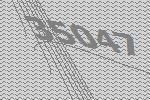
35047